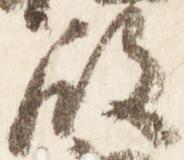
殿